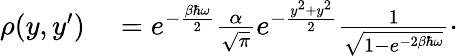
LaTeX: \begin{array}{rl}{\rho(y,y^{\prime})}&{{}=e^{-\frac{\beta\hbar\omega}{2}}\frac{\alpha}{\sqrt{\pi}}e^{-\frac{y^{2}+y^{2}}{2}}\frac{1}{\sqrt{1-e^{-2\beta\hbar\omega}}}\cdot}\end{array}